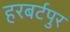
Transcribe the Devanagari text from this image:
हरबर्टपुर